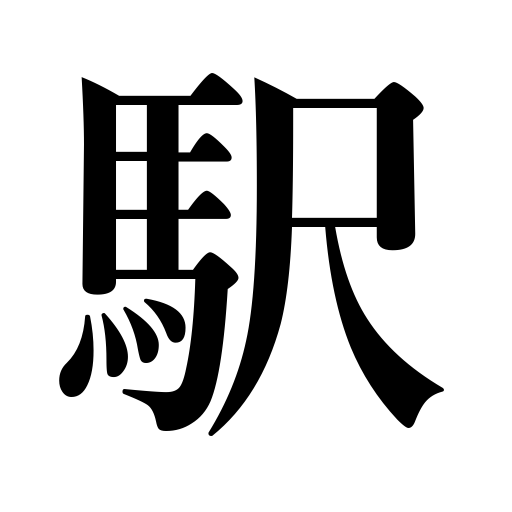
Meanings: post town,stage,station